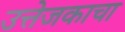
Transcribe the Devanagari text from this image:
उत्तेजकाचा